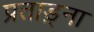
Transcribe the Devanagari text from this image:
प्रताड़्ना